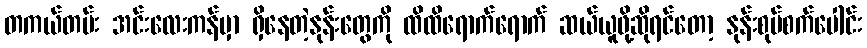
တကယ်တမ်း အင်းလေးကန်မှာ ရှိနေတဲ့နုန်းတွေကို ထိထိရောက်ရောက် ဆယ်ယူဖို့ဆိုရင်တော့ နုန်းစုပ်စက်ပေါင်း